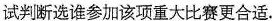
试判断选谁参加该项重大比赛更合适.